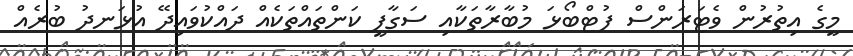
މީގެ އިތުރުން ވެޓަރަންސް ފުޓްބޯޅަ މުބާރާތަކާއި ސަގާފީ ކަންތައްތަކެއް ދައްކުވައިދޭ އުޅަނދު ބުރެއް